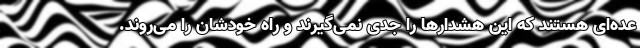
عده‌ای هستند که این هشدارها را جدی نمی‌گیرند و راه خودشان را می‌روند.